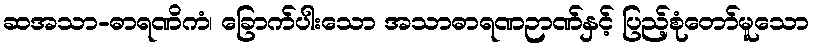
ဆအသာ-ဓာရဏိကံ၊ ခြောက်ပါးသော အသာဓာရဏဉာဏ်နှင့် ပြည့်စုံတော်မူသော